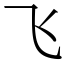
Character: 飞